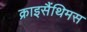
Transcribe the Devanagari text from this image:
क्राइसैंथिमस